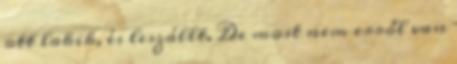
ott lakik, és leszállt. De most nem erről van